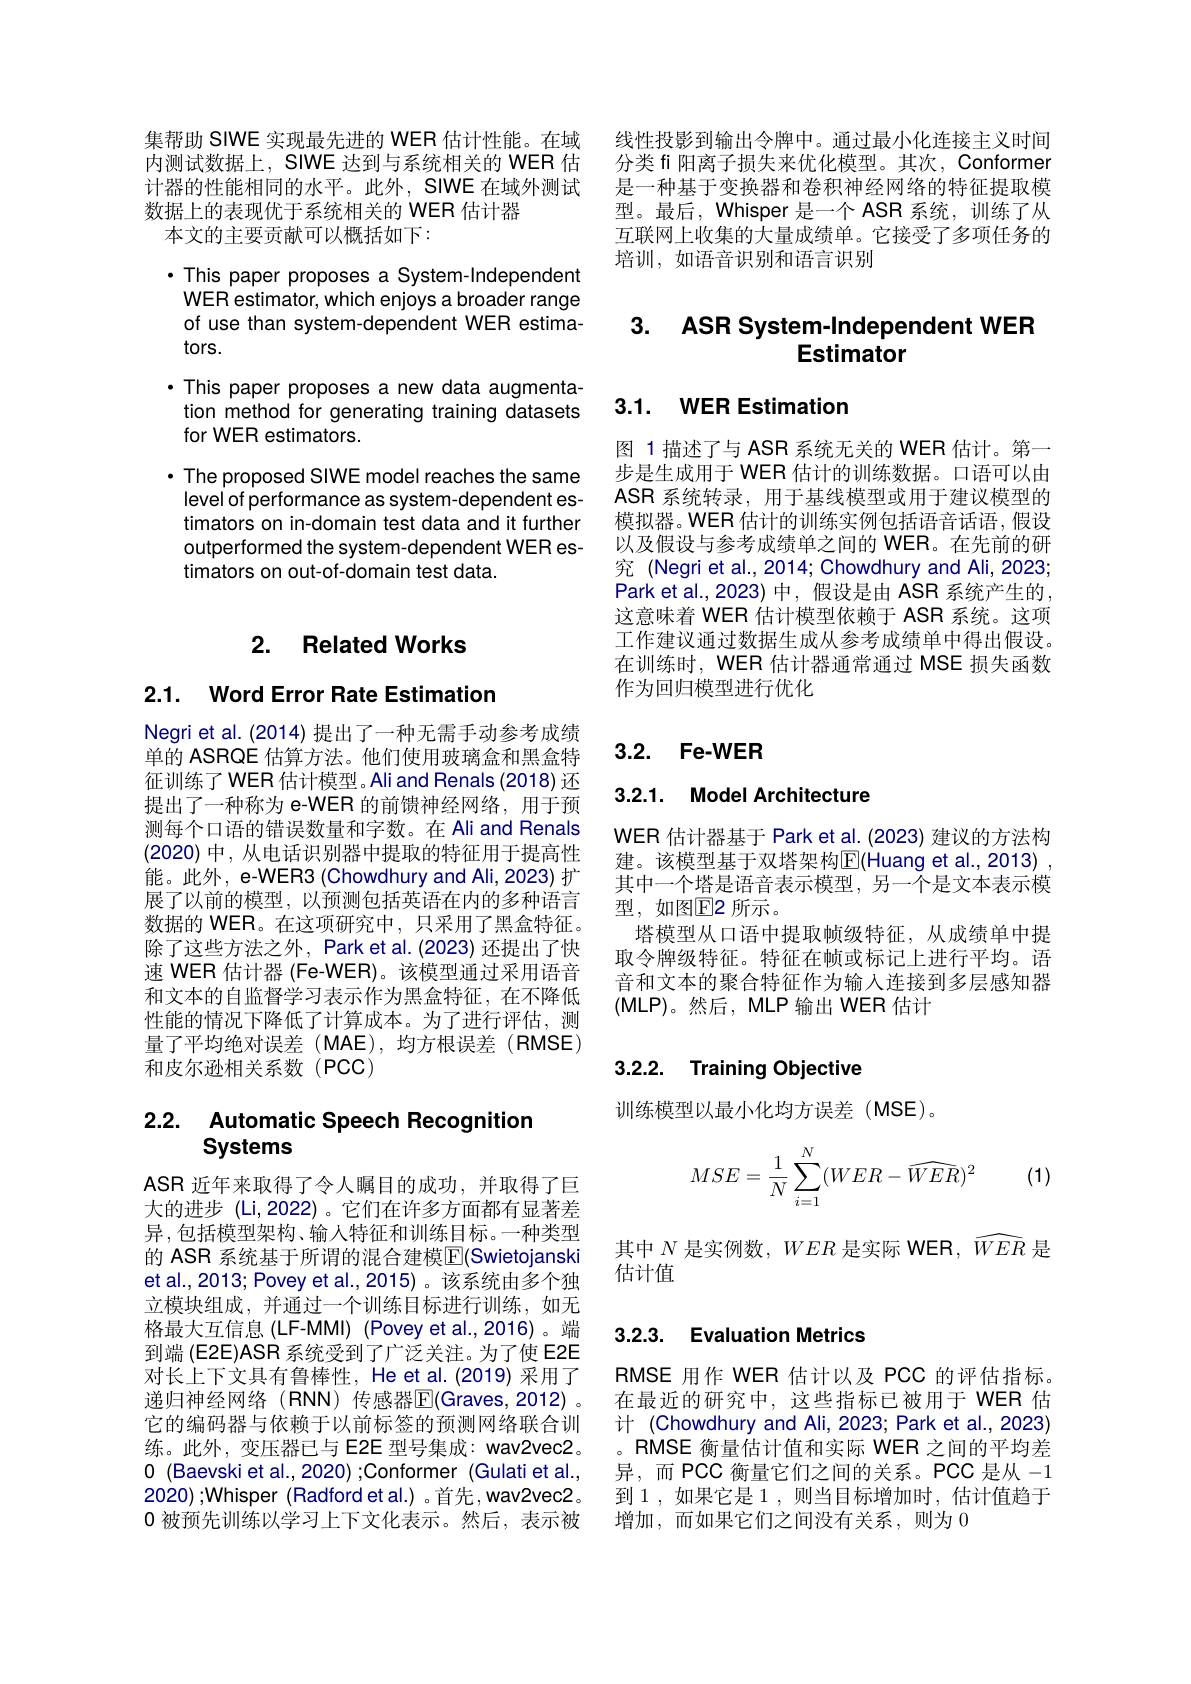
线性投影到输出令牌中。通过最小化连接主义时间分类 fi 阳离子损失来优化模型。其次，Conformer 是一种基于变换器和卷积神经网络的特征提取模型。最后，Whisper 是一个 ASR 系统，训练了从互联网上收集的大量成绩单。它接受了多项任务的培训，如语音识别和语言识别

集帮助 SIWE 实现最先进的 WER 估计性能。在域内测试数据上，SIWE 达到与系统相关的 WER 估计器的性能相同的水平。此外，SIWE 在域外测试数据上的表现优于系统相关的 WER 估计器
本文的主要贡献可以概括如下：

$\cdot$ This paper proposes a System-Independent WER estimator, which enjoys a broader range of use than system-dependent WER estimators.
$\cdot$ This paper proposes a new data augmentation method for generating training datasets for WER estimators.
$\cdot$ The proposed SIWE model reaches the same level of performance as system-dependent estimators on in-domain test data and it further outperformed the system-dependent WER estimators on out-of-domain test data.

### 2. Related Works

## 2.1. Word Error Rate Estimation

Negri et al. (2014) 提出了一种无需手动参考成绩单的 ASRQE 估算方法。他们使用玻璃盒和黑盒特征训练了WER估计模型。Ali and Renals(2018)还提出了一种称为 e-WER 的前馈神经网络，用于预测每个口语的错误数量和字数。在 Ali and Renals (2020)中，从电话识别器中提取的特征用于提高性能。此外，e-WER3 (Chowdhury and Ali, 2023) 扩展了以前的模型，以预测包括英语在内的多种语言数据的 WER。在这项研究中，只采用了黑盒特征。除了这些方法之外，Park et al.(2023) 还提出了快速 WER 估计器 (Fe-WER)。该模型通过采用语音和文本的自监督学习表示作为黑盒特征，在不降低性能的情况下降低了计算成本。为了进行评估，测量了平均绝对误差(MAE),均方根误差(RMSE) 和皮尔逊相关系数(PCC)

## 2.2. Automatic Speech Recognitior Systems

ASR 近年来取得了令人瞩目的成功，并取得了巨大的进步 (Li,2022)。它们在许多方面都有显著差异，包括模型架构、输入特征和训练目标。一种类型的 ASR 系统基于所谓的混合建模$\overline{\mathbb{E}}($Swietojanski et al., 2013; Povey et al., 2015) 。该系统由多个独立模块组成，并通过一个训练目标进行训练，如无格最大互信息(LF-MMI) (Povey et al.,2016)。端到端 (E2E)ASR 系统受到了广泛关注。为了使 E2E 对长上下文具有鲁棒性，He et al.(2019) 采用了递归神经网络(RNN)传感器$\mathbb{E}($Graves,2012)。它的编码器与依赖于以前标签的预测网络联合训练。此外，变压器已与 E2E 型号集成：wav2vec2。0 (Baevski et al., 2020);Conformer (Gulati et al., 2020) ; Whisper ( Radford et al.) 。首先，wav2vec2。$0\dot{\text{ 被预先训练以学习上下文化表示。然后，表示被}}$

# 3. ASR System-Independent WER Estimator

# 3.1. WER Estimation

图 1描述了与 ASR 系统无关的 WER 估计。第一步是生成用于 WER 估计的训练数据。口语可以由ASR 系统转录，用于基线模型或用于建议模型的模拟器。WER 估计的训练实例包括语音话语，假设以及假设与参考成绩单之间的 WER。在先前的研究 (Negri et al., 2014; Chowdhury and Ali, 2023; Park et al.,2023)中，假设是由 ASR 系统产生的， 这意味着 WER 估计模型依赖于 ASR 系统。这项工作建议通过数据生成从参考成绩单中得出假设。在训练时，WER 估计器通常通过 MSE 损失函数作为回归模型进行优化

## 3.2. Fe-WER

## 3.2.1. Model Architecture

WER 估计器基于 Park et al. (2023) 建议的方法构建。该模型基于双塔架构$\mathbb{E}($Huang et al.,2013) , 其中一个塔是语音表示模型，另一个是文本表示模型，如图E2 所示。
塔模型从口语中提取帧级特征，从成绩单中提取令牌级特征。特征在帧或标记上进行平均。语音和文本的聚合特征作为输入连接到多层感知器(MLP)。然后，MLP 输出 WER 估计

# 3.2.2. Training Objective

训练模型以最小化均方误差(MSE)。
$$MSE=\frac{1}{N}\sum_{i=1}^{N}(WER-\widehat{WER})^2$$
(1)

其中$N$是实例数，$WER$是实际 WER, $\widehat{WER}$是
估计值

## 3.2.3. Evaluation Metrics

RMSE 用作 WER 估计以及 PCC 的评估指标。在最近的研究中，这些指标已被用于 WER 估计 (Chowdhury and Ali, 2023; Park et al., 2023) 。RMSE 衡量估计值和实际 WER 之间的平均差异，而 PCC 衡量它们之间的关系。PCC 是从-1到 1 , 如果它是 1 , 则当目标增加时，估计值趋于增加，而如果它们之间没有关系，则为0